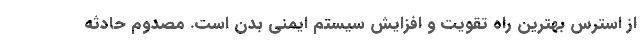
از استرس بهترین راه تقویت و افزایش سیستم ایمنی بدن است. مصدوم حادثه